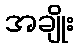
အချိုး